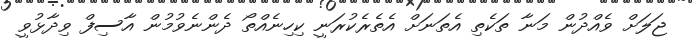
ޖަލަށް ވެއްދުން މަނާ ތަކެތި އެތަނަށް އެތެރެކުރަނީ ކިހިނެއްތޯ ދެންނެވުމުން އާސިފް ވިދާޅުވީ